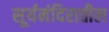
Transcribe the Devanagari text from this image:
सूर्यमंदिरातील